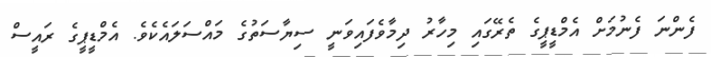
ފެންނަ ފެނުމަށް އެމްޑީޕީގެ ތެރޭގައި މިހާރު ދިމާވެފައިވަނީ ސިޔާސަތުގެ މައްސަލައެކެވެ. އެމްޑީޕީގެ ރައީސް